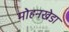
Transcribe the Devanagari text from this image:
मोहनखेडा